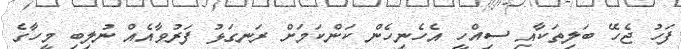
ފަހު ޖެހޭ ބަލިތަކާއި ސިއްހީ އެހެނިހެން ކަންކަމަށް ރަނގަޅު ފަރުވާއެއް ނުލިބި މީހާގެ